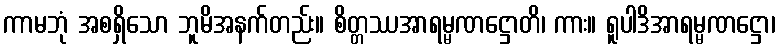
ကာမဘုံ အစရှိသော ဘူမိအနက်တည်း။ စိတ္တဿအာရမ္မဏဋ္ဌောတိ၊ ကား။ ရူပါဒိအာရမ္မဏဋ္ဌော၊